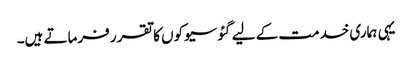
یہی ہماری خدمت کے لیے گئوسیوکوں کا تقرر فرماتے ہیں۔